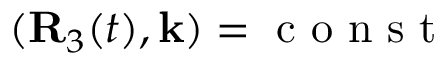
( { \bf R } _ { 3 } ( t ) , { \bf k } ) = \mathrm { ~ c ~ o ~ n ~ s ~ t ~ }